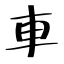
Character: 車